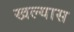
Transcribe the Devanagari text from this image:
खल्यास